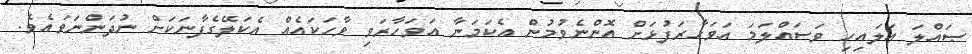
ޞައްލަ ޢަލައިހި ވަސައްލަމަ އަވަހާރަފުޅަށް އޮންނެވުމުން އެކަމަނާ އަވަހާރަވި ވާހަކައެއް އެކަލޭގެފާނަކަށް ނުދަންނަވައެވެ.